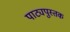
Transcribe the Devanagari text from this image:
पाट्यपुस्तक